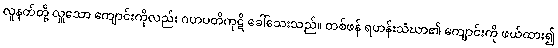
လူနတ်တို့ လှူသော ကျောင်းကိုလည်း ဂဟပတိကုဋိ ခေါ်သေးသည်။ တစ်ဖန် ရဟန်းသံဃာ၏ ကျောင်းကို ဖယ်ထား၍